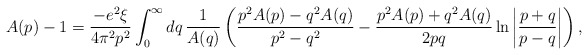
\begin{align*}A(p) - 1 = \frac{-e^2\xi}{4\pi^2p^2} \int_0^\infty dq\, \frac{1}{A(q)} \left(\frac{p^2A(p) - q^2A(q)}{p^2-q^2} - \frac{p^2A(p) + q^2A(q)}{2pq} \ln\left|\frac{p+q}{p-q}\right|\right), \end{align*}